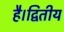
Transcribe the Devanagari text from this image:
है।द्वितीय